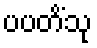
ပပတိံသု